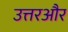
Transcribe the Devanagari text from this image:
उत्तरऔर